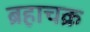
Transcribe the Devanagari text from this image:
ब्रहाचक्र